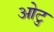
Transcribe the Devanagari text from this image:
ओटु